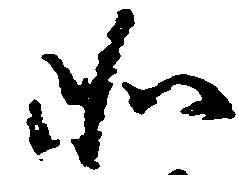
如